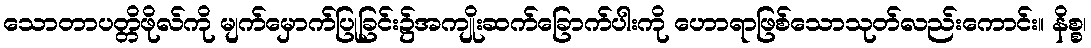
သောတာပတ္တိဖိုလ်ကို မျက်မှောက်ပြုခြင်း၌အကျိုးဆက်ခြောက်ပါးကို ဟောရာဖြစ်သောသုတ်လည်းကောင်း။ နိစ္စ၊